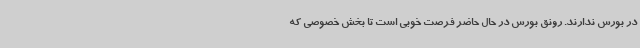
در بورس ندارند. رونق بورس در حال حاضر فرصت خوبی است تا بخش خصوصی که